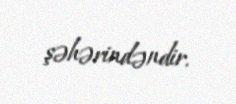
şəhərindəndir.